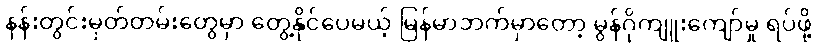
နန်းတွင်းမှတ်တမ်းတွေမှာ တွေ့နိုင်ပေမယ့် မြန်မာဘက်မှာတော့ မွန်ဂိုကျူးကျော်မှု ရပ်ဖို့